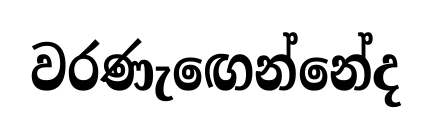
වරණැඟෙන්නේද